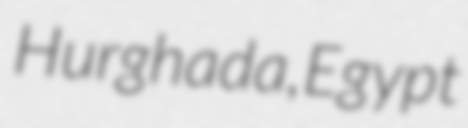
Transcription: Hurghada, Egypt